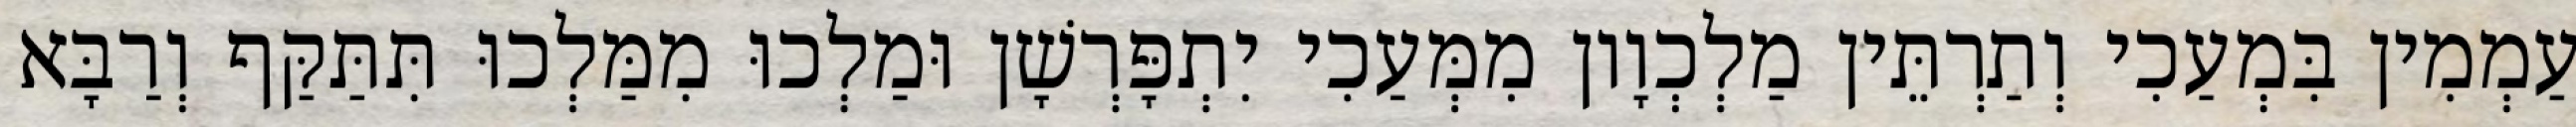
עַמְמִין בִּמְעַכִי וְתַרְתֵּין מַלְכְוָון מִמְּעַכִי יִתְפָּרְשָׁן וּמַלְכוּ מִמַּלְכוּ תִּתַּקַּף וְרַבָּא